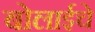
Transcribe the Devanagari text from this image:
बोलाईचे